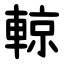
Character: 輬